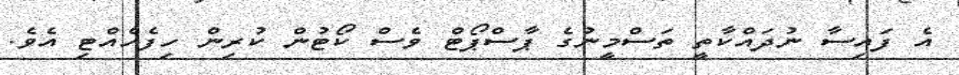
އެ ފައިސާ ނުދައްކާތީ ތަސްމީނުގެ ޕާސްޕޯޓް ވެސް ކޯޓުން ކުރިން ހިފެހެއްޓި އެވެ.